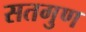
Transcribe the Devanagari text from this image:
सतगुण